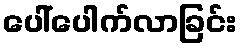
ပေါ်ပေါက်လာခြင်း